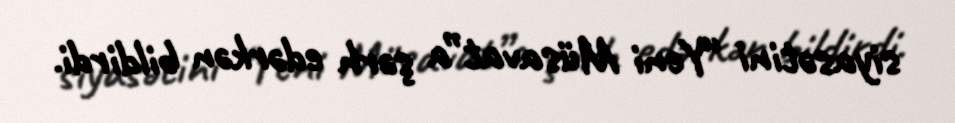
siyasətini “Yeni Müsavat”a şərh edərkən bildirdi.